Scottish Leaving Certificate Examination, 1951
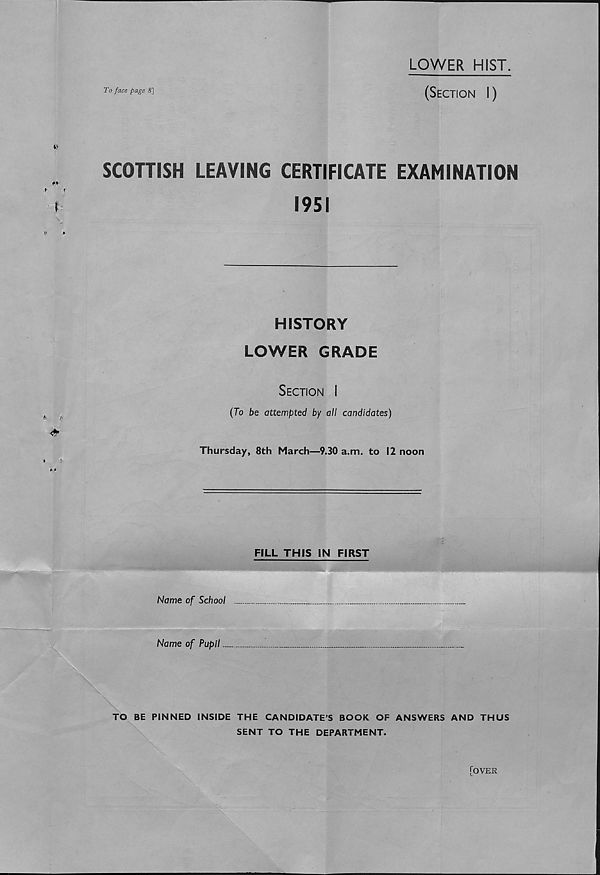
4
(8) Cardinal Richelieu (
century
)
(9) The beginning of the Great Schism of the Papacy (
century
)
t*
f
f
\
\
(10) William the Lion (
century
)